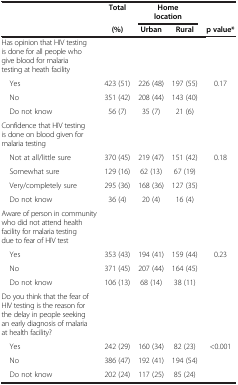
|  | Total | <COLSPAN=2> Home location |  |
 |  | (%) | Urban | Rural | p value* |
 | --- | --- | --- | --- | --- |
 | Has opinion that HIV testing is done for all people who give blood for malaria testing at heath facility |  |  |  |  |
 | Yes | 423 (51) | 226 (48) | 197 (55) | 0.17 |
 | No | 351 (42) | 208 (44) | 143 (40) |  |
 | Do not know | 56 (7) | 35 (7) | 21 (6) |  |
 | Confidence that HIV testing is done on blood given for malaria testing |  |  |  |  |
 | Not at all/little sure | 370 (45) | 219 (47) | 151 (42) | 0.18 |
 | Somewhat sure | 129 (16) | 62 (13) | 67 (19) |  |
 | Very/completely sure | 295 (36) | 168 (36) | 127 (35) |  |
 | Do not know | 36 (4) | 20 (4) | 16 (4) |  |
 | Aware of person in community who did not attend health facility for malaria testing due to fear of HIV test |  |  |  |  |
 | Yes | 353 (43) | 194 (41) | 159 (44) | 0.23 |
 | No | 371 (45) | 207 (44) | 164 (45) |  |
 | Do not know | 106 (13) | 68 (14) | 38 (11) |  |
 | Do you think that the fear of HIV testing is the reason for the delay in people seeking an early diagnosis of malaria at health facility? |  |  |  |  |
 | Yes | 242 (29) | 160 (34) | 82 (23) | <0.001 |
 | No | 386 (47) | 192 (41) | 194 (54) |  |
 | Do not know | 202 (24) | 117 (25) | 85 (24) |  |